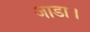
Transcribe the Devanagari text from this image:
जाडा।